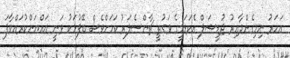
އަހަރު ނިމިގެންދާއިރު ޖުޑީޝަލް އެކަޑަމީގެ ވަގުތީ ޗާންސެލަރު ކަމަށްވެސް ބޭފުޅަކު ވަނީ އައްޔަންކުރައްވާފަ